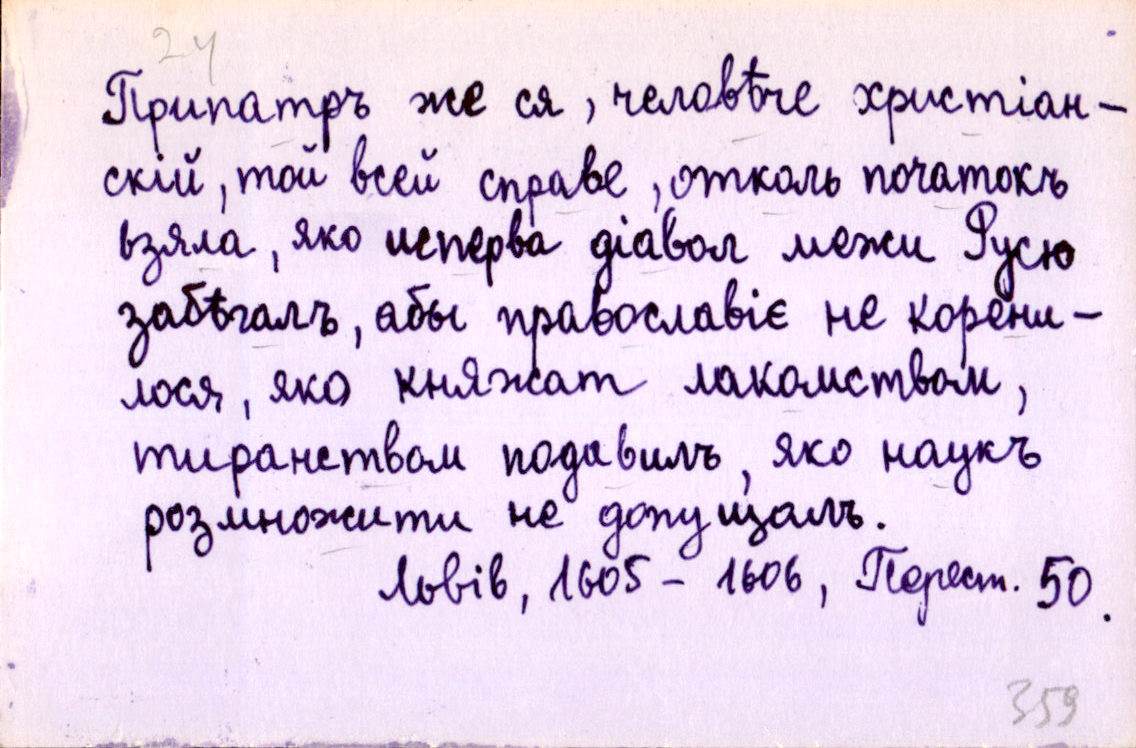
Припатръ же ся, человѣче христіан-
скій, той всей справе, отколь початокъ
взяла, яко исперва діавол межи Русю
забѣгалъ, абы православіє не корени-
лося, яко княжат лакомством,
тиранствомъ подавилъ, яко наукъ
розмножити не допущалъ.
Львів, 1605-1606, Перест. 50.